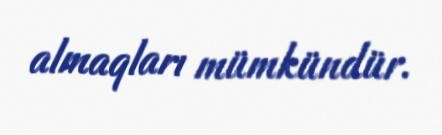
almaqları mümkündür.